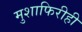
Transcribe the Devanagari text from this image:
मुशाफिरीही